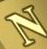
N